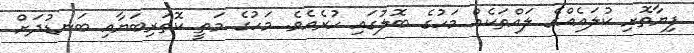
ފިޔާތޮށި ކުލައެއްގެ ލައްތަކެއް މަހުގެ ބޮލުގައި ހުރެއެވެ. މަހުގެ މަތީ ކޮތަރިބަޔާއި ބަނޑުދަށް